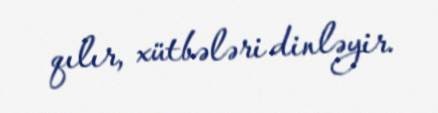
qılır, xütbələri dinləyir.